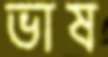
ভাষ